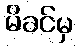
မိခင်မှ